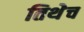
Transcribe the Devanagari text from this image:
तिथेेच